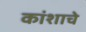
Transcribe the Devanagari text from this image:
कांशाचे